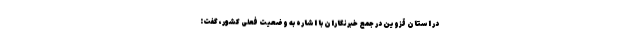
در استان قزوین در جمع خبرنگاران با اشاره به وضعیت فعلی کشور، گفت: